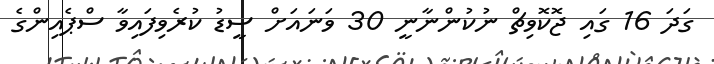
ގަދަ 16 ގައި ޖޮކޮވިޗް ނުކުންނާނީ 30 ވަނައަށް ސީޑު ކުރެވިފައިވާ ސްޕެއިންގެ